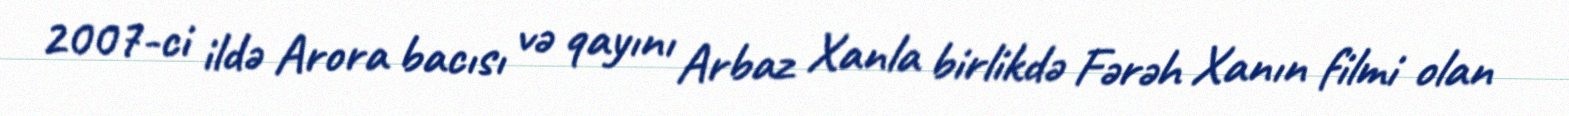
2007-ci ildə Arora bacısı və qayını Arbaz Xanla birlikdə Fərəh Xanın filmi olan